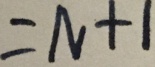
= N + 1